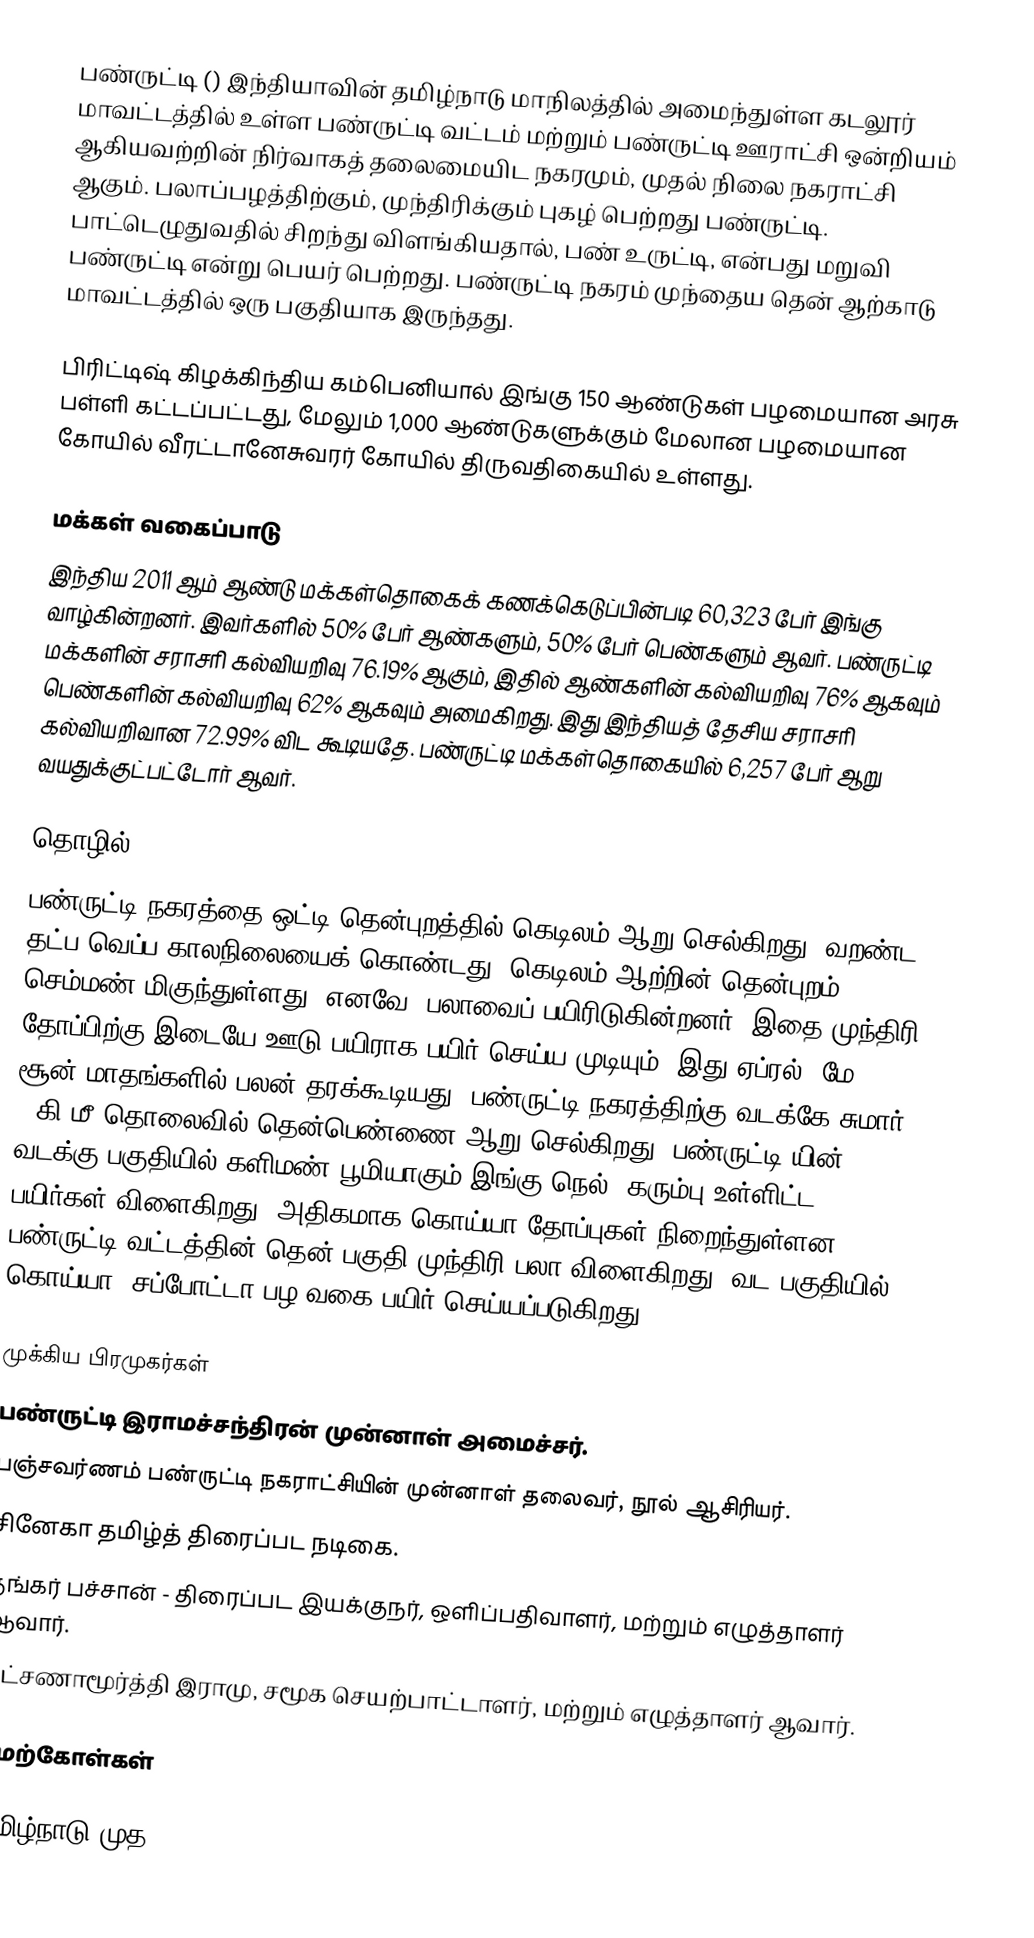
பண்ருட்டி () இந்தியாவின் தமிழ்நாடு மாநிலத்தில் அமைந்துள்ள கடலூர் மாவட்டத்தில் உள்ள பண்ருட்டி வட்டம் மற்றும் பண்ருட்டி ஊராட்சி ஒன்றியம் ஆகியவற்றின் நிர்வாகத் தலைமையிட நகரமும்,  முதல் நிலை நகராட்சி ஆகும். பலாப்பழத்திற்கும், முந்திரிக்கும் புகழ் பெற்றது பண்ருட்டி. பாட்டெழுதுவதில் சிறந்து விளங்கியதால், பண் உருட்டி, என்பது மறுவி பண்ருட்டி என்று பெயர் பெற்றது. பண்ருட்டி நகரம் முந்தைய தென் ஆற்காடு மாவட்டத்தில் ஒரு பகுதியாக இருந்தது.

பிரிட்டிஷ் கிழக்கிந்திய கம்பெனியால் இங்கு 150 ஆண்டுகள் பழமையான அரசு பள்ளி கட்டப்பட்டது, மேலும் 1,000 ஆண்டுகளுக்கும் மேலான பழமையான கோயில்  வீரட்டானேசுவரர் கோயில் திருவதிகையில் உள்ளது.

மக்கள் வகைப்பாடு
இந்திய 2011 ஆம் ஆண்டு மக்கள்தொகைக் கணக்கெடுப்பின்படி 60,323 பேர் இங்கு வாழ்கின்றனர். இவர்களில் 50% பேர் ஆண்களும், 50% பேர் பெண்களும் ஆவர். பண்ருட்டி மக்களின் சராசரி கல்வியறிவு 76.19% ஆகும், இதில் ஆண்களின் கல்வியறிவு 76% ஆகவும் பெண்களின் கல்வியறிவு 62% ஆகவும் அமைகிறது. இது இந்தியத் தேசிய சராசரி கல்வியறிவான 72.99% விட கூடியதே. பண்ருட்டி மக்கள்தொகையில் 6,257 பேர் ஆறு வயதுக்குட்பட்டோர் ஆவர்.

தொழில்
பண்ருட்டி நகரத்தை ஒட்டி தென்புறத்தில் கெடிலம் ஆறு செல்கிறது. வறண்ட தட்ப வெப்ப காலநிலையைக் கொண்டது. கெடிலம் ஆற்றின் தென்புறம்  செம்மண் மிகுந்துள்ளது. எனவே, பலாவைப் பயிரிடுகின்றனர். இதை முந்திரி தோப்பிற்கு இடையே ஊடு பயிராக பயிர் செய்ய முடியும். இது ஏப்ரல், மே, சூன் மாதங்களில் பலன் தரக்கூடியது. பண்ருட்டி நகரத்திற்கு வடக்கே சுமார் 7 கி.மீ தொலைவில் தென்பெண்ணை ஆறு செல்கிறது. பண்ருட்டி யின் வடக்கு பகுதியில் களிமண் பூமியாகும்  இங்கு நெல், கரும்பு உள்ளிட்ட பயிர்கள் விளைகிறது. அதிகமாக கொய்யா தோப்புகள்  நிறைந்துள்ளன. பண்ருட்டி வட்டத்தின் தென் பகுதி முந்திரி,பலா விளைகிறது. வட பகுதியில் கொய்யா, சப்போட்டா பழ வகை பயிர் செய்யப்படுகிறது.

முக்கிய பிரமுகர்கள்
பண்ருட்டி இராமச்சந்திரன் முன்னாள் அமைச்சர்.
பஞ்சவர்ணம் பண்ருட்டி நகராட்சியின் முன்னாள் தலைவர், நூல் ஆசிரியர்.
சினேகா தமிழ்த் திரைப்பட நடிகை.
தங்கர் பச்சான் - திரைப்பட இயக்குநர், ஒளிப்பதிவாளர், மற்றும் எழுத்தாளர் ஆவார்.
தட்சணாமூர்த்தி இராமு, சமூக செயற்பாட்டாளர், மற்றும் எழுத்தாளர் ஆவார்.

மேற்கோள்கள்

தமிழ்நாடு முத